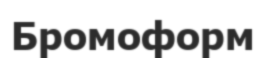
Бромоформ